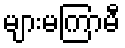
များမကြာမီ